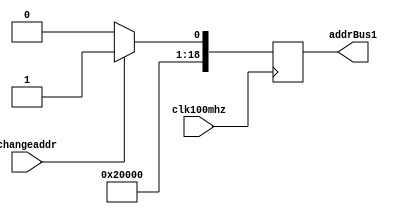
`timescale 1ns / 1ps
module changeAddr(
input clk100mhz,
input changeaddr,
output reg[18:0]addrBus1
    );
    always@(posedge clk100mhz)begin
    if(changeaddr==0) addrBus1 = 19'b100_0000_0000_0000_0000;
    else if(changeaddr)  addrBus1 = 19'b100_0000_0000_0000_0001;
    end
endmodule